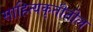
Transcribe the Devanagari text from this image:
साहित्यकृतीतील